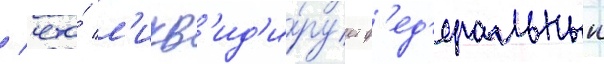
/ что́ л'икв'ид'и́рует ф'ед'еральныи